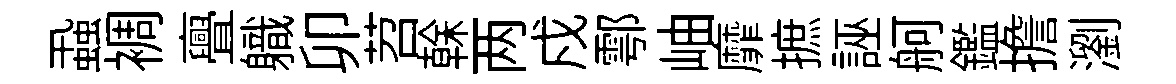
蝨裯亹軄卯苕𠏉两戍鄠岫靡摭誣舸鑑擔瀏